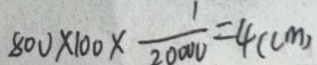
8 0 0 \times 1 0 0 \times \frac { 1 } { 2 0 0 0 0 } = 4 ( c m )